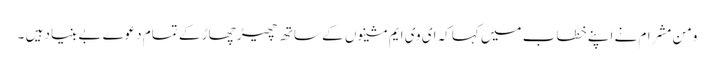
ومن مشرام نے اپنے خطاب میں کہاکہ ای وی ایم مشینوں کے ساتھ چھیڑ چھاڑ کے تمام دعوے بے بنیاد ہیں ۔